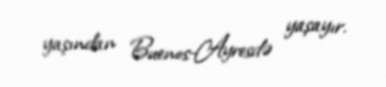
yaşından Buenos-Ayresdə yaşayır.